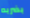
بضربه